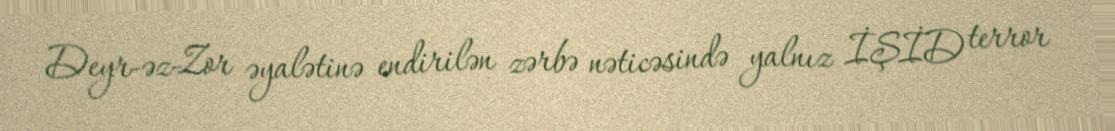
Deyr-əz-Zor əyalətinə endirilən zərbə nəticəsində yalnız İŞİD terror